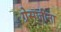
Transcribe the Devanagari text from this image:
ग्रेसजींना